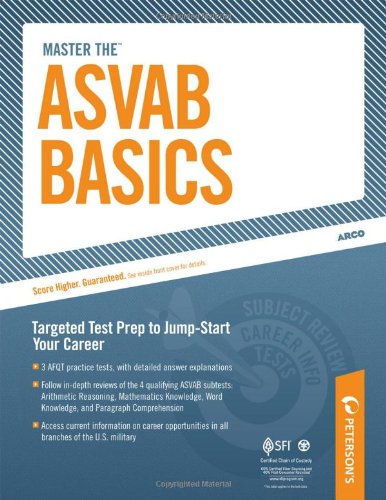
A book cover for Master the ASVAB Basics; Peterson's; Test Preparation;